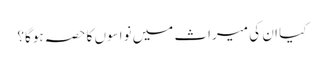
کیا ان کی میراث میں نواسوں کا حصہ ہوگا؟